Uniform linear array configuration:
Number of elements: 12
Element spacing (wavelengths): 0.5
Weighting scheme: blackman
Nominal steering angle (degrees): -30
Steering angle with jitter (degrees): -28.427
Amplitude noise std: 0.05
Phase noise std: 0.05

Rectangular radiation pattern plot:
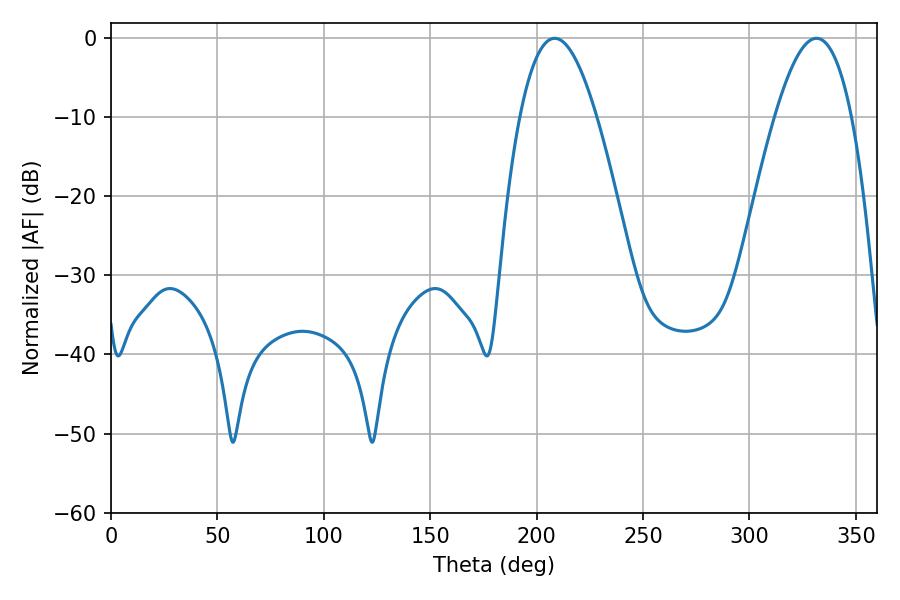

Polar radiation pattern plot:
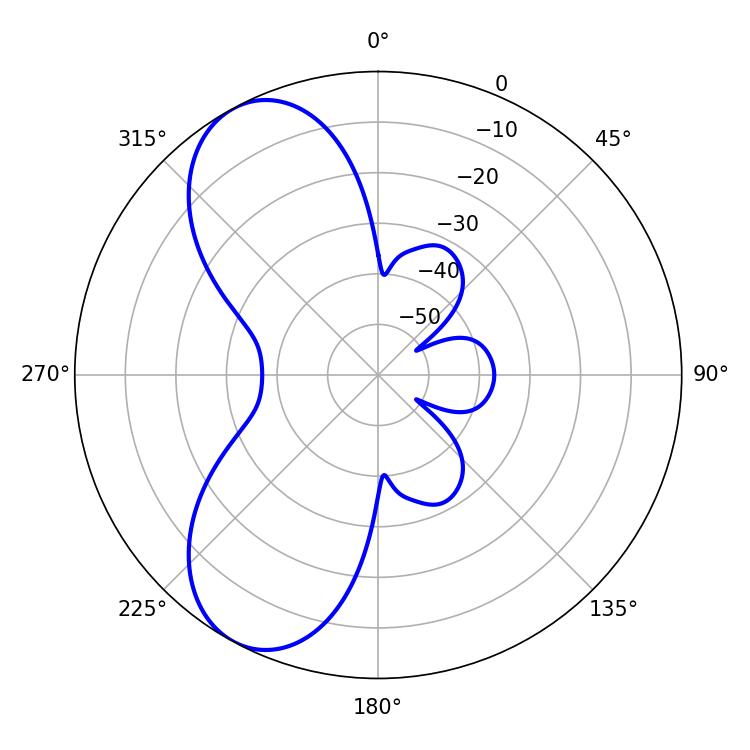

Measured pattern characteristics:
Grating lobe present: FALSE
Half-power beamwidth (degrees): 19.8
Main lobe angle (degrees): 208.44